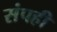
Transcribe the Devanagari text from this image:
संपही